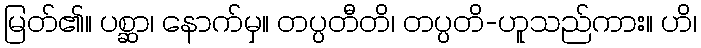
မြတ်၏။ ပစ္ဆာ၊ နောက်မှ။ တပ္ပတီတိ၊ တပ္ပတိ-ဟူသည်ကား။ ဟိ၊